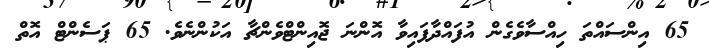
65 އިންސައްތަ ހިއްސާވެގެން އުފައްދާފައިވާ އޮންނަ ޖޮއިންޓްވެންޗާ އަކުންނެވެ. 65 ޕަސެންޓް އޮތް